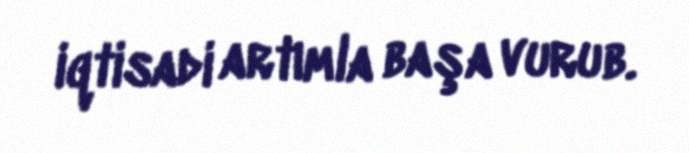
iqtisadi artımla başa vurub.